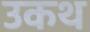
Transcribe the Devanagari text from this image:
उकथ